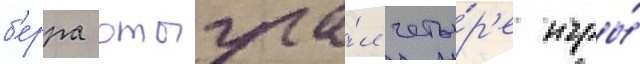
б'ерра отыгра́л четы́р'е игры́